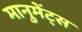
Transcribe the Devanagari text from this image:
मानुमेंट्स